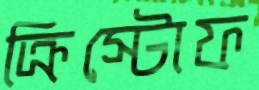
ক্রিস্টোফ